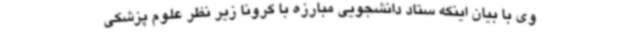
وی با بیان اینکه ستاد دانشجویی مبارزه با کرونا زیر نظر علوم پزشکی